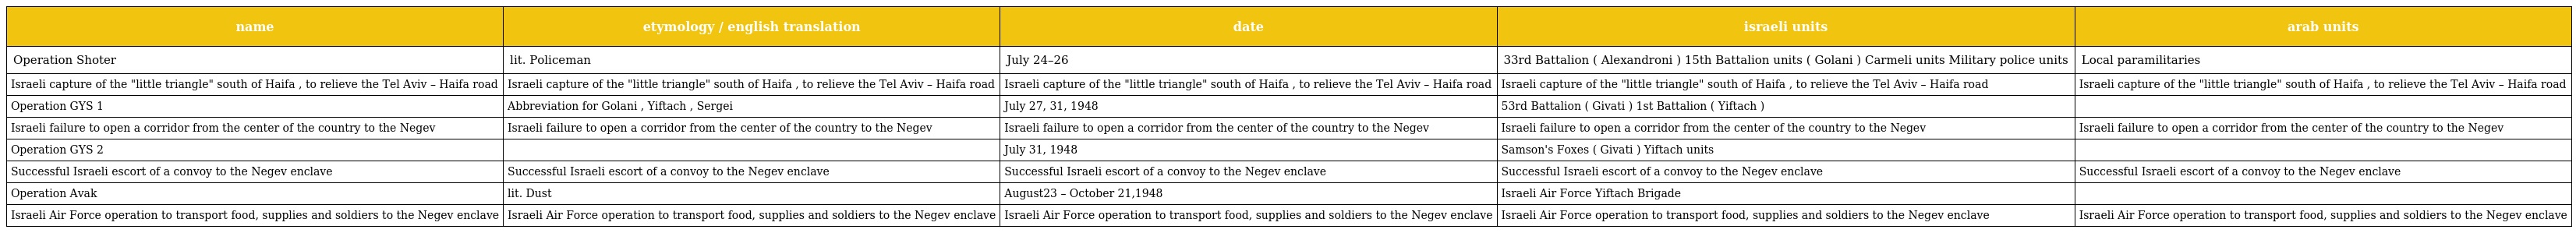
| name | etymology / english translation | date | israeli units | arab units |
 | --- | --- | --- | --- | --- |
 | Operation Shoter | lit. Policeman | July 24–26 | 33rd Battalion ( Alexandroni ) 15th Battalion units ( Golani ) Carmeli units Military police units | Local paramilitaries |
 | Israeli capture of the "little triangle" south of Haifa , to relieve the Tel Aviv – Haifa road | Israeli capture of the "little triangle" south of Haifa , to relieve the Tel Aviv – Haifa road | Israeli capture of the "little triangle" south of Haifa , to relieve the Tel Aviv – Haifa road | Israeli capture of the "little triangle" south of Haifa , to relieve the Tel Aviv – Haifa road | Israeli capture of the "little triangle" south of Haifa , to relieve the Tel Aviv – Haifa road |
 | Operation GYS 1 | Abbreviation for Golani , Yiftach , Sergei | July 27, 31, 1948 | 53rd Battalion ( Givati ) 1st Battalion ( Yiftach ) |  |
 | Israeli failure to open a corridor from the center of the country to the Negev | Israeli failure to open a corridor from the center of the country to the Negev | Israeli failure to open a corridor from the center of the country to the Negev | Israeli failure to open a corridor from the center of the country to the Negev | Israeli failure to open a corridor from the center of the country to the Negev |
 | Operation GYS 2 |  | July 31, 1948 | Samson's Foxes ( Givati ) Yiftach units |  |
 | Successful Israeli escort of a convoy to the Negev enclave | Successful Israeli escort of a convoy to the Negev enclave | Successful Israeli escort of a convoy to the Negev enclave | Successful Israeli escort of a convoy to the Negev enclave | Successful Israeli escort of a convoy to the Negev enclave |
 | Operation Avak | lit. Dust | August23 – October 21,1948 | Israeli Air Force Yiftach Brigade |  |
 | Israeli Air Force operation to transport food, supplies and soldiers to the Negev enclave | Israeli Air Force operation to transport food, supplies and soldiers to the Negev enclave | Israeli Air Force operation to transport food, supplies and soldiers to the Negev enclave | Israeli Air Force operation to transport food, supplies and soldiers to the Negev enclave | Israeli Air Force operation to transport food, supplies and soldiers to the Negev enclave |